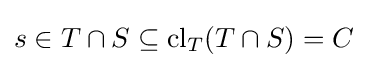
s\in T\cap S\subseteq \operatorname {cl} _{T}(T\cap S)=C